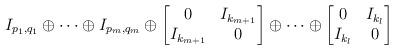
LaTeX: \begin{align*}I_{p_1,q_1}\oplus\cdots\oplus I_{p_m,q_m}\oplus\begin{bmatrix}0&I_{k_{m+1}}\\I_{k_{m+1}}&0\end{bmatrix}\oplus\cdots\oplus\begin{bmatrix}0&I_{k_l}\\I_{k_l}&0\end{bmatrix}\end{align*}